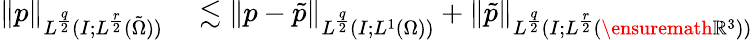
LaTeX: \begin{array}{rl}{\| p\| _{L^{\frac{q}{2}}(I;L^{\frac{r}{2}}(\tilde{\Omega}))}}&{{}\lesssim\| p-\tilde{p}\| _{L^{\frac{q}{2}}(I;L^{1}(\Omega))}+\| \tilde{p}\| _{L^{\frac{q}{2}}(I;L^{\frac{r}{2}}(\ensuremath{\mathbb{R}}^{3}))}}\end{array}